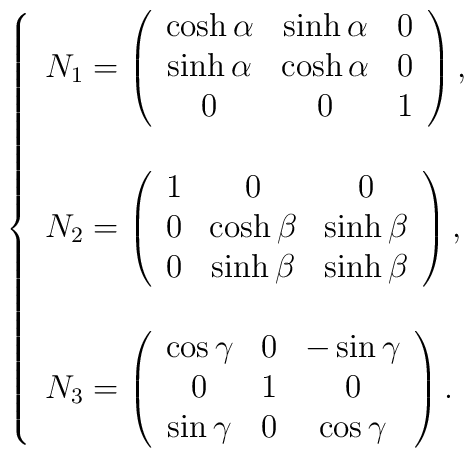
\left\{\begin{array}{l}N_1 = \left(\begin{array}{ccc}\cosh\alpha & \sinh\alpha & 0 \\\sinh\alpha & \cosh\alpha & 0 \\0 & 0 & 1\end{array}\right), \\\\N_2 = \left(\begin{array}{ccc}1 & 0 & 0 \\0 & \cosh\beta & \sinh\beta \\0 & \sinh\beta & \sinh\beta\end{array}\right), \\\\N_3 = \left(\begin{array}{ccc}\cos\gamma & 0 & -\sin\gamma \\0 & 1 & 0 \\\sin\gamma & 0 & \cos\gamma\end{array}\right).\end{array}\right.